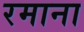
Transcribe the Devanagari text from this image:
रमाना